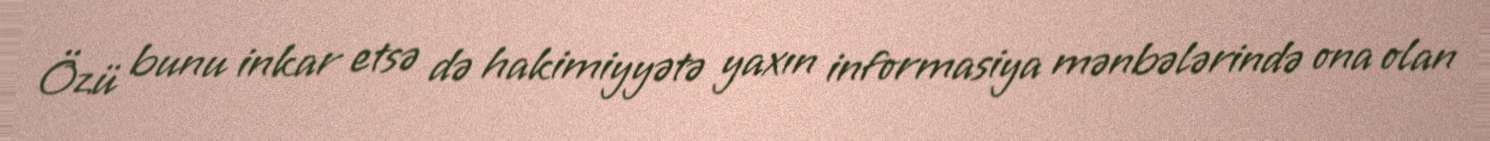
Özü bunu inkar etsə də hakimiyyətə yaxın informasiya mənbələrində ona olan